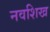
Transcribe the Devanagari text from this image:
नवशिख